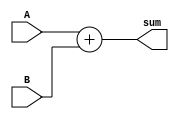
module Adder (
    input [31:0] A,
    input [31:0] B,
    output reg [31:0] sum
);

always @(*) begin
    sum = A + B;
end

endmodule